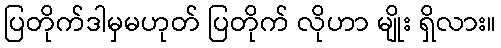
ပြတိုက်ဒါမှမဟုတ် ပြတိုက် လိုဟာ မျိုး ရှိလား။